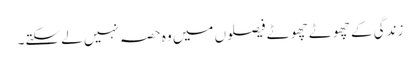
زندگی کے چھوٹے چھوٹے فیصلوں میں وہ حصہ نہیں لے سکتے۔